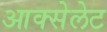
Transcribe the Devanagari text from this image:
आक्सेलेट